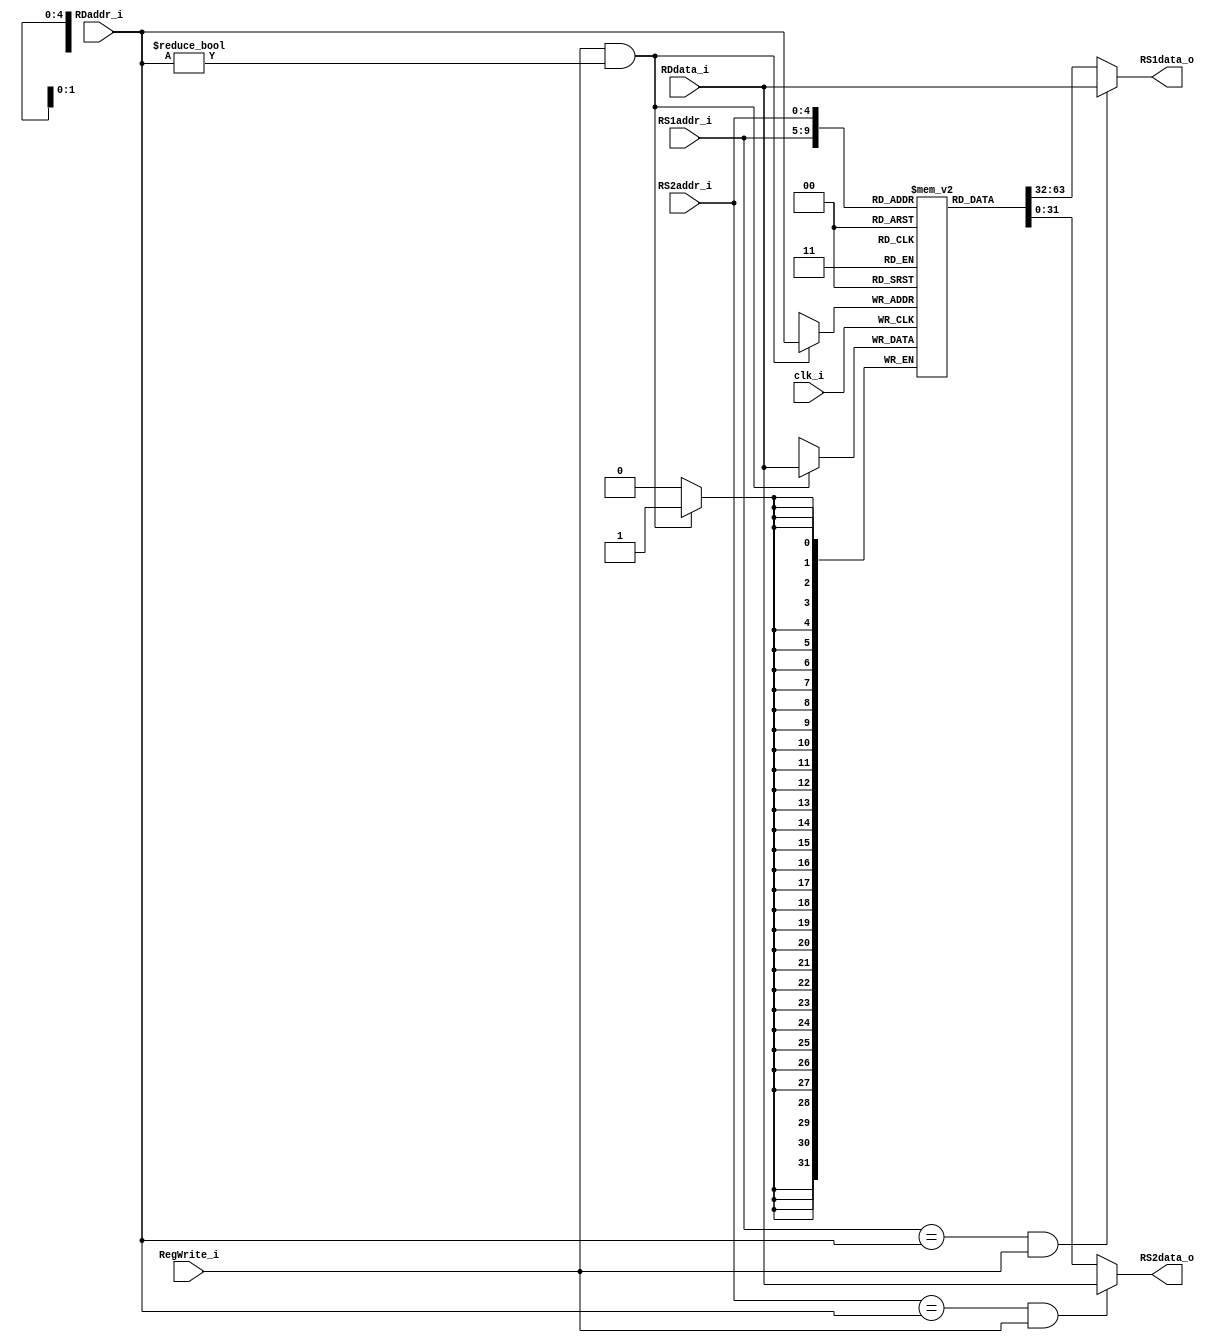
module Registers
(
    clk_i,
    RS1addr_i,
    RS2addr_i,
    RDaddr_i, 
    RDdata_i,
    RegWrite_i, 
    RS1data_o, 
    RS2data_o 
);

// Ports
input               clk_i;
input   [4:0]       RS1addr_i;
input   [4:0]       RS2addr_i;
input   [4:0]       RDaddr_i;
input   [31:0]      RDdata_i;
input               RegWrite_i;
output  [31:0]      RS1data_o; 
output  [31:0]      RS2data_o;

// Register File
reg signed    [31:0]      register        [0:31];

// Read Data      
assign  RS1data_o = (RS1addr_i == RDaddr_i && RegWrite_i)? RDdata_i : register[RS1addr_i];
assign  RS2data_o = (RS2addr_i == RDaddr_i && RegWrite_i)? RDdata_i : register[RS2addr_i];


// Write Data   
always@(posedge clk_i) begin
    //$display("write = %b, rdaddr = %d, rddata = %d\n", RegWrite_i, RDaddr_i, RDdata_i);
    if(RegWrite_i && RDaddr_i != 0)
        register[RDaddr_i] <= RDdata_i;
end


   
endmodule